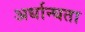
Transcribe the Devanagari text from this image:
अर्धान्धता